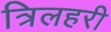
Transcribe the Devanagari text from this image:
त्रिलहरी